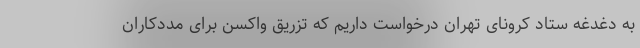
به دغدغه ستاد کرونای تهران درخواست داریم که تزریق واکسن برای مددکاران